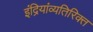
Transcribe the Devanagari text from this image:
इंद्रियांव्यतिरिक्त